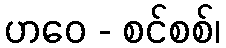
ဟဝေ - စင်စစ်၊